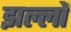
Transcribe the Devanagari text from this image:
झल्लों